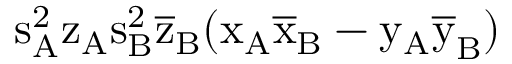
\mathrm { s _ { A } ^ { 2 } \mathrm { z _ { A } \mathrm { s _ { B } ^ { 2 } \mathrm { \overline { { z } } _ { B } ( \mathrm { x _ { A } \mathrm { \overline { { x } } _ { B } - \mathrm { y _ { A } \mathrm { \overline { { y } } _ { B } ) } } } } } } } }